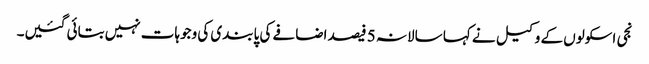
نجی اسکولوں کے وکیل نے کہا سالانہ 5 فیصد اضافے کی پابندی کی وجوہات نہیں بتائی گئیں۔